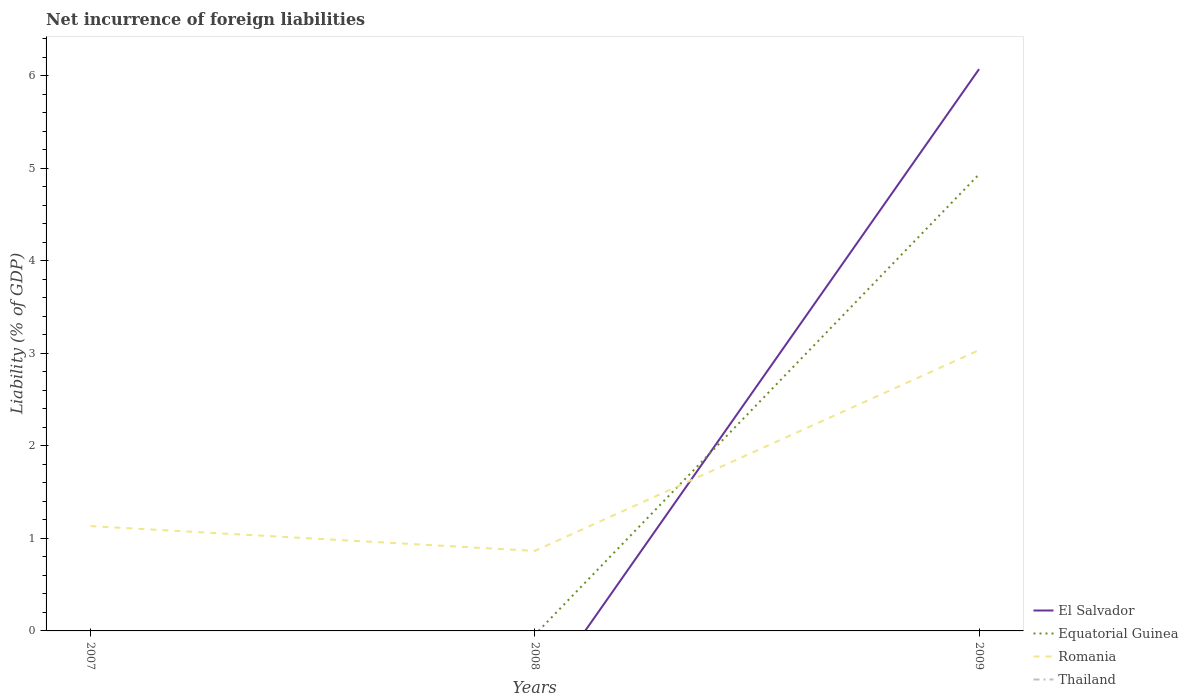
| Years | El Salvador | Equatorial Guinea | Romania | Thailand |
 | --- | --- | --- | --- | --- |
 | 2007 | -0.968 | -0.186 | 1.13 | -0.926 |
 | 2008 | -0.776 | -0.0424 | 0.865 | -0.422 |
 | 2009 | 6.07 | 4.94 | 3.04 | -0.0413 |